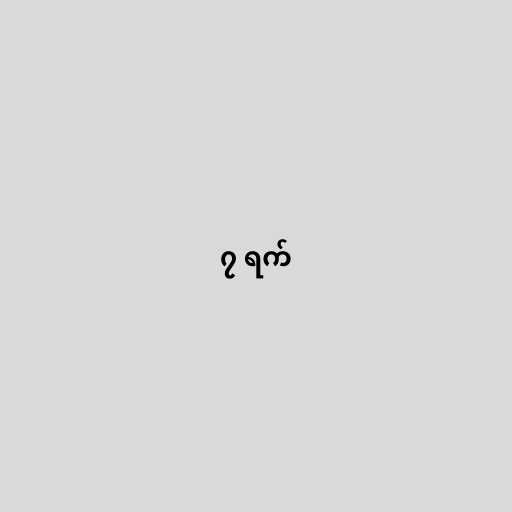
၇ ရက်